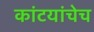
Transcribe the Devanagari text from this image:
कांटयांचेच